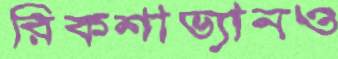
রিকশাভ্যানও